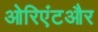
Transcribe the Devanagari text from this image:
ओरिएंटऔर